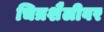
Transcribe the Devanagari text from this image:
चित्रशैलीवर